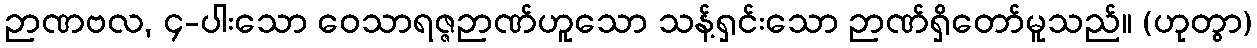
ဉာဏဗလ, ၄-ပါးသော ဝေသာရဇ္ဇဉာဏ်ဟူသော သန့်ရှင်းသော ဉာဏ်ရှိတော်မူသည်။ (ဟုတွာ)